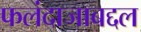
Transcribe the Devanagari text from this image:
फलंदाजाबद्दल